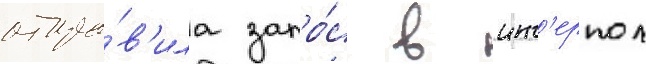
отпра́в'ила запро́с в инт'ерпол